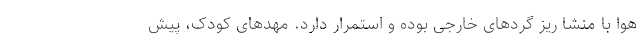
هوا با منشا ریز گردهای خارجی بوده و استمرار دارد. مهدهای کودک، پیش